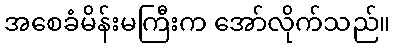
အစေခံမိန်းမကြီးက အော်လိုက်သည်။